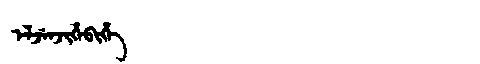
Manchu: ᡝᠯᠵᡝᠨᠵᡳᡥᡝᠪᡳᡥᡝ
Romanization: ELJENJIHEBIHE